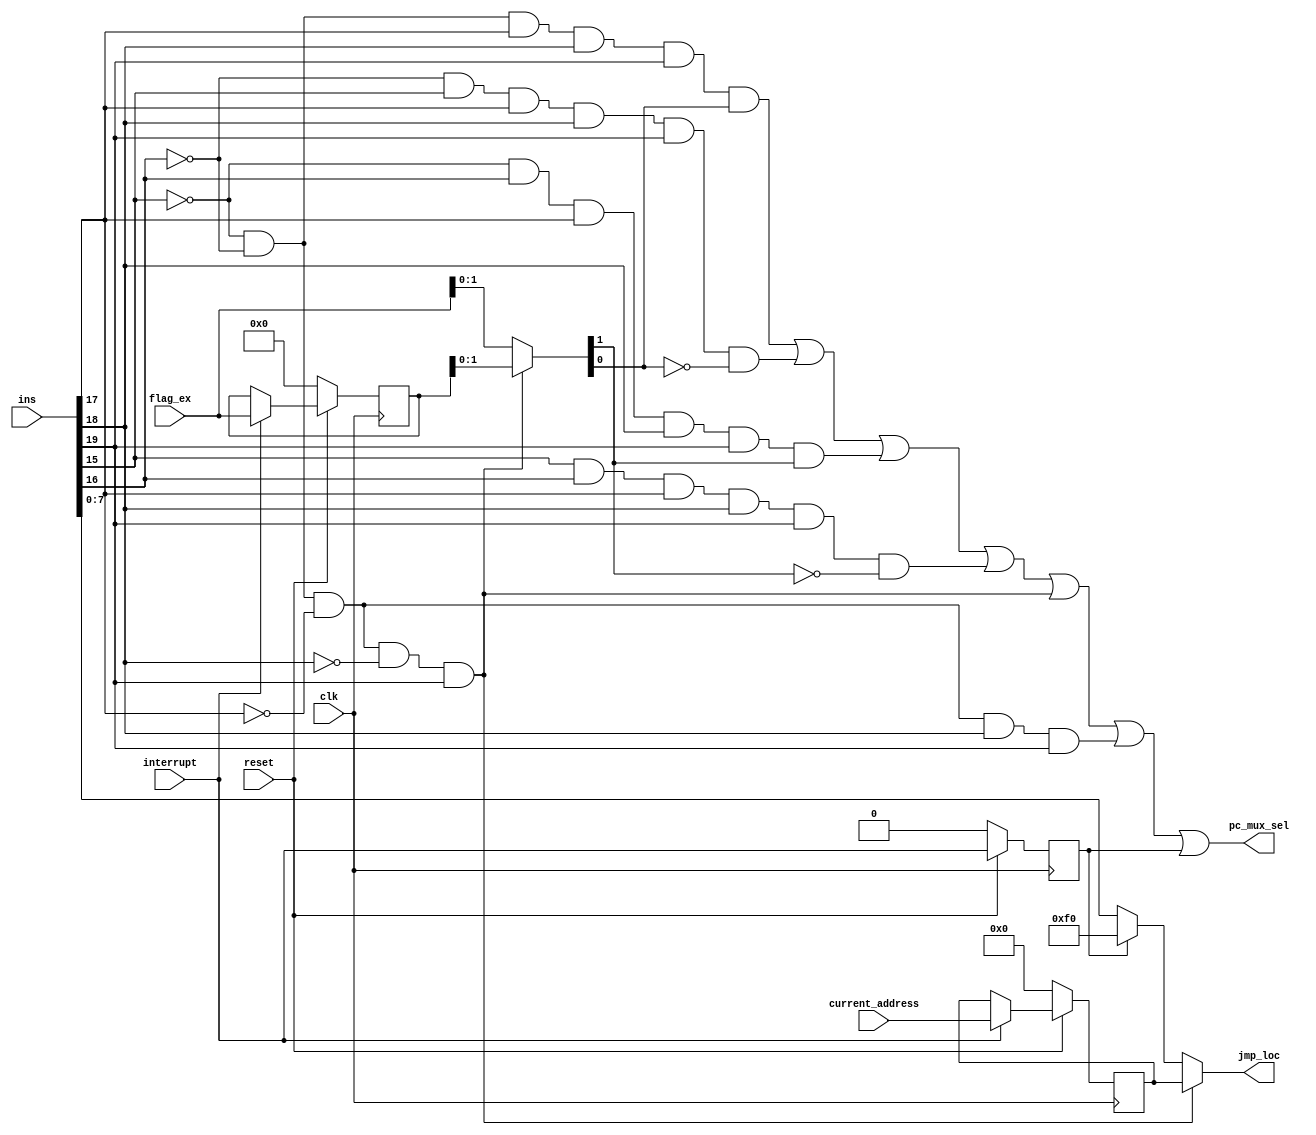
//Jump Control Block 
//Group - IntelJr
//Group No.- 09
//Date - 13/09/16

`timescale 1ns / 1ps
//////////////////////////////////////////////////////////////////////////////////
// Company: 
// Engineer: 
// 
// Design Name:		Jump Control block for processor 
// Module Name:    Jump_Control_Block 
//  Name: chintan,mohta,adit.
// 
//////////////////////////////////////////////////////////////////////////////////
module Jump_Control_Block(pc_mux_sel,jmp_loc,ins,clk, interrupt,current_address, flag_ex, reset);

input[19:0] ins;			//inputs to stall control block
input clk,reset,interrupt;
input [7:0]current_address;
input [3:0]flag_ex;
output pc_mux_sel;   		//outputs 
output [7:0]jmp_loc;

wire JC,JNC,JZ,JNZ,JMP,RET;
wire temp0,temp1,temp2,temp3,temp4;
wire [7:0]jumpaddress,jumpaddress1;
reg sel_mux_0;
wire [7:0]current_address1;
reg [7:0]current_address2;
wire [3:0]flag_ex1;
reg [3:0]flag_ex2;
wire [3:0]final_flag;
wire and0,and1,and2,and3;

//temporary variables for reset loic 
wire temp_sel_mux_0;
wire [7:0]temp_current_address2;
wire [3:0]temp_flag_ex2; 

assign jumpaddress = ins[7:0];

assign flag0=final_flag[0];           //splitting the bits of final flag 
assign flag1=final_flag[1];


assign temp0 = ins[15];					//temporary variables storing bits of ins
assign temp1 = ins[16];
assign temp2 = ins[17];
assign temp3 = ins[18];
assign temp4 = ins[19];

assign JC = ((~temp0)&(~temp1)&temp2&temp3&temp4);    //conditional jump statements 		
assign JNC = ((~temp1)&(temp0)&(temp2)&(temp3)&(temp4));
assign JZ = ((~temp0)&(temp1)&(temp2)&(temp3)&(temp4));
assign JNZ = ((temp0)&(temp1)&temp2&temp3&temp4);
assign JMP = ((~temp0)&(~temp1)&(~temp2)&temp3&temp4);     //unconditional jump

assign temp_sel_mux_0=(reset==1)? interrupt:1'b0;

always@(posedge clk)
begin
		sel_mux_0 <= temp_sel_mux_0;
		current_address2 <= temp_current_address2; 		//we assign current_address2 as current_address1
		flag_ex2 <= temp_flag_ex2;                //we assign flag_ex2 as flag_ex1

end

assign jumpaddress1= (sel_mux_0==1'b0) ? jumpaddress : 8'hf0; //when sel_mux_0 is 1 programs jump to interrupt location

assign temp_current_address2=(reset==1)?current_address1:8'b0;
                                                              //8'hf0
/*always@(posedge clk)
begin
		current_address2 <= temp_current_address2; 		//we assign current_address2 as current_address1
		flag_ex2 <= temp_flag_ex2;                //we assign flag_ex2 as flag_ex1

end
*/
assign current_address1 =(interrupt==1'b0) ? current_address2 :current_address; //if interrupt is 0 feedback is given to 
																				//current_address1			
assign temp_flag_ex2=(reset==1)?flag_ex1:4'b0;

/*always@(posedge clk)
begin
flag_ex2 <= temp_flag_ex2;                //we assign flag_ex2 as flag_ex1 
end
*/
assign flag_ex1= (interrupt==1'b0) ?flag_ex2:flag_ex;	//when interrupt occurs(is 1) program feedback 
                                                        //flag_ex1
assign RET = ((~temp0)&(~temp1)&(~temp2)&(~temp3)&temp4);

assign final_flag= (RET==1'b0)?flag_ex:flag_ex2; 

assign jmp_loc=(RET==0) ? jumpaddress1:current_address2;

assign and0=(JC&(flag0));
assign and1=(JNC&(~flag0));
assign and2=(JZ&(flag1));
assign and3=(JNZ&(~flag1));

assign pc_mux_sel= (and0|and1|and2|and3|RET|JMP|sel_mux_0);//in case of RET,conditional and unconditional jump 
															//instructions pc_mux_sel will be 1 else 0								


endmodule